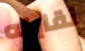
نقابله